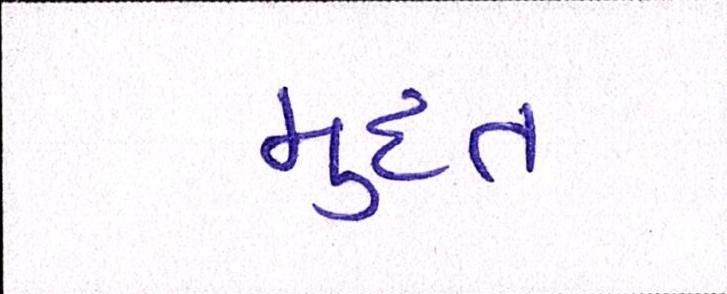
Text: મુદત